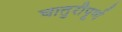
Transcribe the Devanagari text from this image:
चातुरीपूर्ण